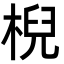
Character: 棿